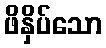
ဖိနှိပ်သော